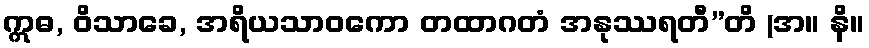
ဣဓ, ဝိသာခေ, အရိယသာဝကော တထာဂတံ အနုဿရတီ”တိ (အ။ နိ။